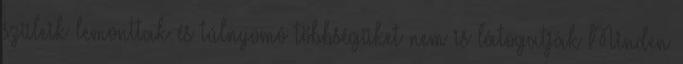
szüleik lemonttak és túlnyomó többségüket nem is látogatják Minden